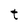
Character: t